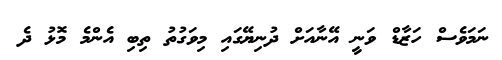
ނަމަވެސް ހަޒާޑް ވަނީ އޭނާއަށް ދުނިޔޭގައި މިވަގުތު ތިބި އެންމެ މޮޅު ދެ